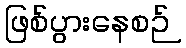
ဖြစ်ပွားနေစဉ်